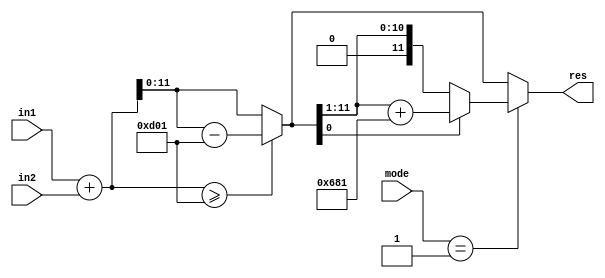
/*
    12-bit addition or add->div_by_2 into 12 bit reduced result
    mode == 1       -> div 2
    mode == else    -> not div 2   
*/

module add_div2 (
    input [11:0] in1,
    input [11:0] in2,
    input [1:0] mode,
    output [11:0] res
);

wire [12:0] add_result;
wire [11:0] reduced_add_result;

assign add_result = in1 + in2;
assign reduced_add_result = add_result >= 13'd3329 ? add_result - 12'd3329 : add_result;
assign res = mode == 2'd1 ?  (reduced_add_result[0]/*odd?*/ ? reduced_add_result[11:1] + 12'd1665 : reduced_add_result[11:1] )
           /*mode != 2'd1*/: reduced_add_result;
endmodule